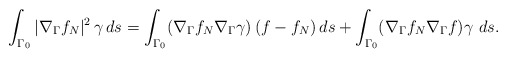
\begin{align*}\int_{\Gamma_0}|\nabla_\Gamma f_N|^2\,\gamma\, d s=\int_{\Gamma_0}(\nabla_\Gamma f_N\nabla_\Gamma \gamma)\,(f-f_N)\, d s+\int_{\Gamma_0}(\nabla_\Gamma f_N\nabla_\Gamma f)\gamma\,\, d s.\end{align*}